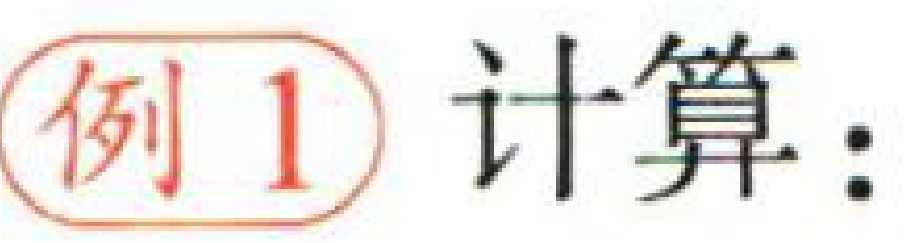
例 1 计算：